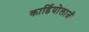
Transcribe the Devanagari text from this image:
कार्डियोलाजी